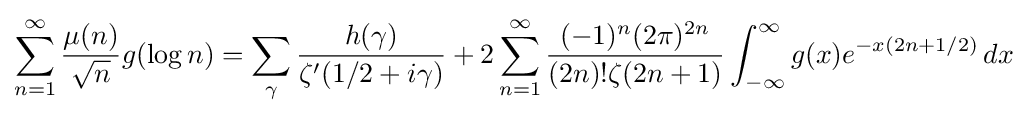
\sum _{n=1}^{\infty }{\frac {\mu (n)}{\sqrt {n}}}g(\log n)=\sum _{\gamma }{\frac {h(\gamma )}{\zeta '(1/2+i\gamma )}}+2\sum _{n=1}^{\infty }{\frac {(-1)^{n}(2\pi )^{2n}}{(2n)!\zeta (2n+1)}}\int _{-\infty }^{\infty }g(x)e^{-x(2n+1/2)}\,dx